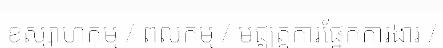
ឧស្សាហកម្ម / ពលកម្ម / មជ្ឈត្តការផ្នែកការងារ /